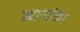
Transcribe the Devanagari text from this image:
स्वाऱ्यांच्या